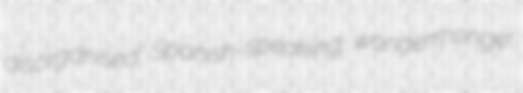
disorganised Spanish-speaking wondermonger